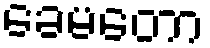
ခေမတော